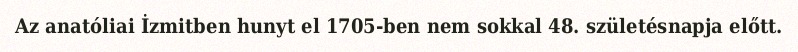
Az anatóliai İzmitben hunyt el 1705-ben nem sokkal 48. születésnapja előtt.